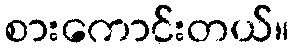
စားကောင်းတယ်။